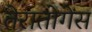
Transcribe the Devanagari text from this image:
तेरातोगेंस